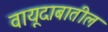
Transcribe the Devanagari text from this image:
वायूदाबातील